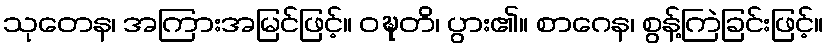
သုတေန၊ အကြားအမြင်ဖြင့်။ ဝဍ္ဎတိ၊ ပွား၏။ စာဂေန၊ စွန့်ကြဲခြင်းဖြင့်။